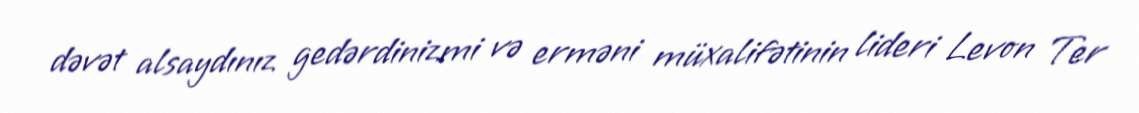
dəvət alsaydınız gedərdinizmi və erməni müxalifətinin lideri Levon Ter